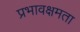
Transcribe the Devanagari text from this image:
प्रभावक्षमता